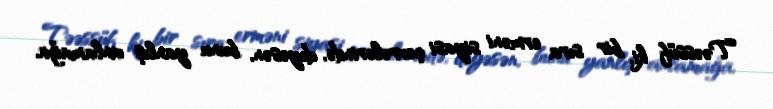
Təəssüf ki, bir sıra erməni siyasi çevrələrində, deyəsən, bunu yanlış anlamağa,